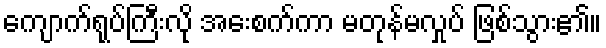
ကျောက်ရုပ်ကြီးလို အေးစက်ကာ မတုန်မလှုပ် ဖြစ်သွား၏။